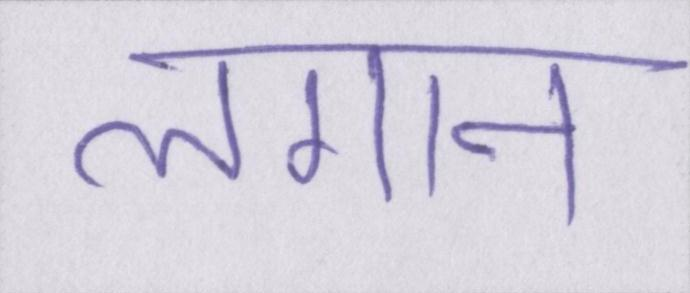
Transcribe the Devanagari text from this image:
लगान